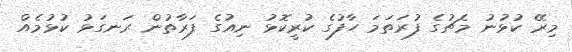
މިރޭ ކުޅުނު މެޗުގެ ފުރަތަމަ ހާފުގެ ކުރީކޮޅު ނިއުގެ ފަރާތުން ރަނގަޅު ކުޅުމެއް